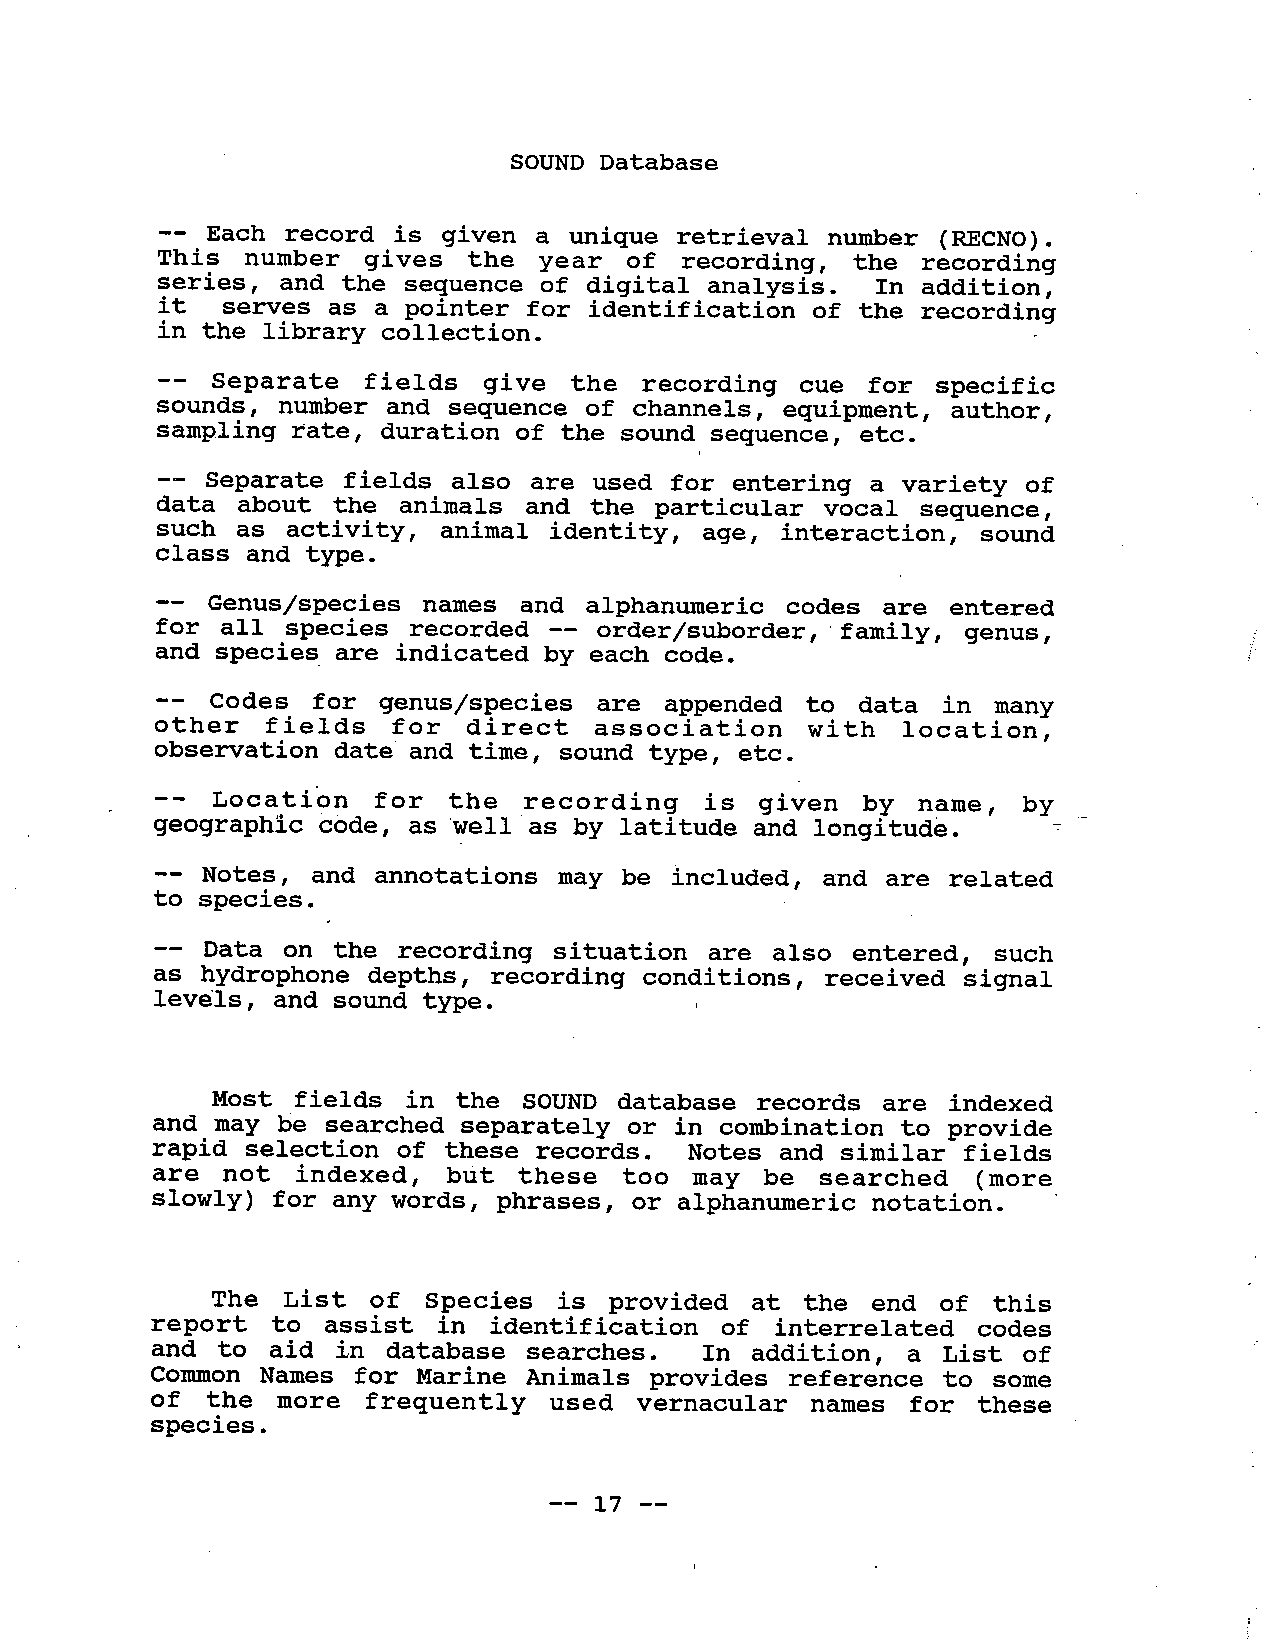
SOUND Database
 -- Each record is given a unique retrieval number (RECNO).
 This  number   gives the  year of recording, the  recording
 series,  and the sequence of digital analysis. In addition,
 it  serves as a pointer for identification  of the recording
 in the library collection.
 --  Separate  fields give  the recording  cue  for specific
 sounds, number and sequence  of channels, equipment, author,
 sampling rate, duration of the sound sequence, etc.
 --  Separate fields also are used for entering  a variety of
 data  about the animals and the  particular vocal sequence,
 such  as acti vi ty , animal identity, age, interaction, sound
 class and type.
 -- Genus/species  names and  alphanumeric codes are entered
 for all species  recorded -- order/suborder, family, genus,
 and species are indicated by each code.
 --  Codes for genus/species   are appended  to data in many
 other  fields   for direct   association   with  location,
 observation date and time, sound type, etc.
 Locatfon   for the  recording   is  given  by name,  by
 geographic code, as 'well as by latitude and longitude.
 Notes,  and annotations may be included, and are  related
 to species.
 Data on the recording situation  are also entered,  such
 as hydrophone depths, recording conditions , received signal
 levels, and sound type.
 Most fields  in the SOUND database  records are indexed
 and may be searched separately or in combination  to provide
 rapid selection  of these records. Notes and similar fields
 are  not indexed,   but these  too  may be  searched  (more
 slowly) for any words, phrases, or alphanumeric notation.
 The  List of Species   is provided   at the end of this
 report to  assist in identification  of interrelated  codes
 and  to aid in database  searches.  In addition,  a List of
 Common Names for Marine  Animals provides reference to some
 of the  more frequently  used  vernacular  names  for these
 species.
 -- 17 --